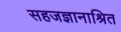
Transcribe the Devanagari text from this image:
सहजज्ञानाश्रित